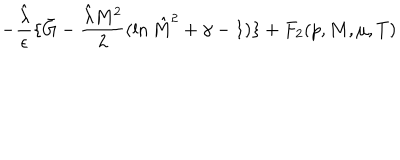
LaTeX: - { \frac { \hat { \lambda } } { \epsilon } } \{ \bar { G } - { \frac { { \hat { \lambda } } M ^ { 2 } } { 2 } } ( \ln { \hat { M } } ^ { 2 } + \gamma - 1 ) \} + F _ { 2 } { ( p , M , \mu , T ) }